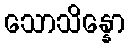
သောသိန္နော